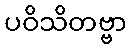
ပဝိသိတဗ္ဗာ